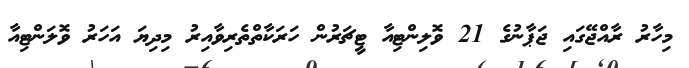
މިހާރު ރާއްޖޭގައި ޖަޕާނުގެ 21 ވޮލިންޓިއާ ޓީޗަރުން ހަަރަކާތްތެރިވާއިރު މިދިޔަ އަހަރު ވޮލަންޓިއާ